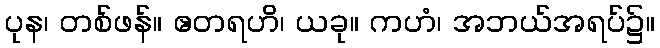
ပုန၊ တစ်ဖန်။ ဧတရဟိ၊ ယခု။ ကဟံ၊ အဘယ်အရပ်၌။